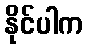
နိုင်ပါက